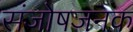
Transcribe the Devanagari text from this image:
संजोषजनक